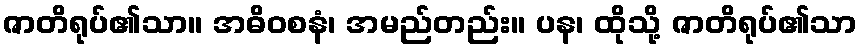
ဇာတိရုပ်၏သာ။ အဓိဝစနံ၊ အမည်တည်း။ ပန၊ ထိုသို့ ဇာတိရုပ်၏သာ